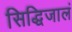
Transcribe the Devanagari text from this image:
सिद्धिजालं